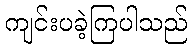
ကျင်းပခဲ့ကြပါသည်